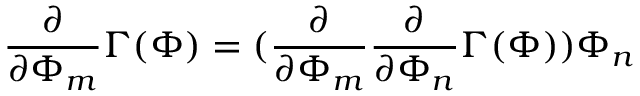
\frac { \partial } { \partial \Phi _ { m } } \Gamma ( \Phi ) = ( \frac { \partial } { \partial \Phi _ { m } } \frac { \partial } { \partial \Phi _ { n } } \Gamma ( \Phi ) ) \Phi _ { n }